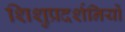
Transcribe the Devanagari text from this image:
शिशुप्रदर्शनियों